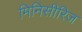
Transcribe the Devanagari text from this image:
मिनिसीरिज